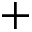
\boldsymbol { + }